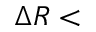
\Delta R <